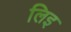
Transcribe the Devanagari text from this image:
लिइ